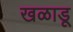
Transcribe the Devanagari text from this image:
खळाडू